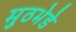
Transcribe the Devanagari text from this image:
मुठभेडे